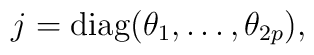
j={\rm diag}(\theta_1,\ldots,\theta_{2p}),